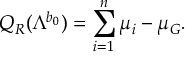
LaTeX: Q _ { R } ( \Lambda ^ { b _ { 0 } } ) = \sum _ { i = 1 } ^ { n } \mu _ { i } - \mu _ { G } .